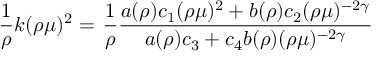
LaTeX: \frac { 1 } { \rho } k ( \rho \mu ) ^ { 2 } = \left. \frac { 1 } { \rho } \frac { a ( \rho ) c _ { 1 } ( \rho \mu ) ^ { 2 } + b ( \rho ) c _ { 2 } ( \rho \mu ) ^ { - 2 \gamma } } { a ( \rho ) c _ { 3 } + c _ { 4 } b ( \rho ) ( \rho \mu ) ^ { - 2 \gamma } } \right.